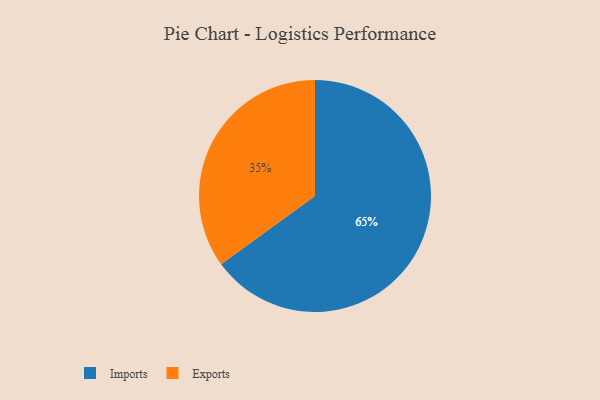
{"axis": {"x": "Category", "y": "Percentage"}, "legend": ["Exports", "Imports"], "data": [{"x": "Exports", "y": 35, "type": "Exports"}, {"x": "Imports", "y": 65, "type": "Imports"}]}